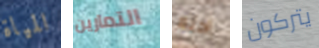
المياة التمارين احلم يتركون